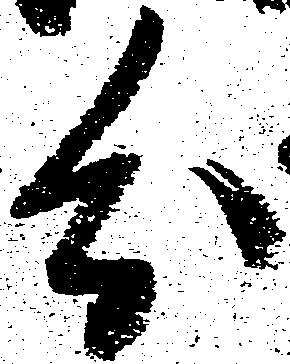
分